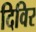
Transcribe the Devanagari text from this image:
दिविर